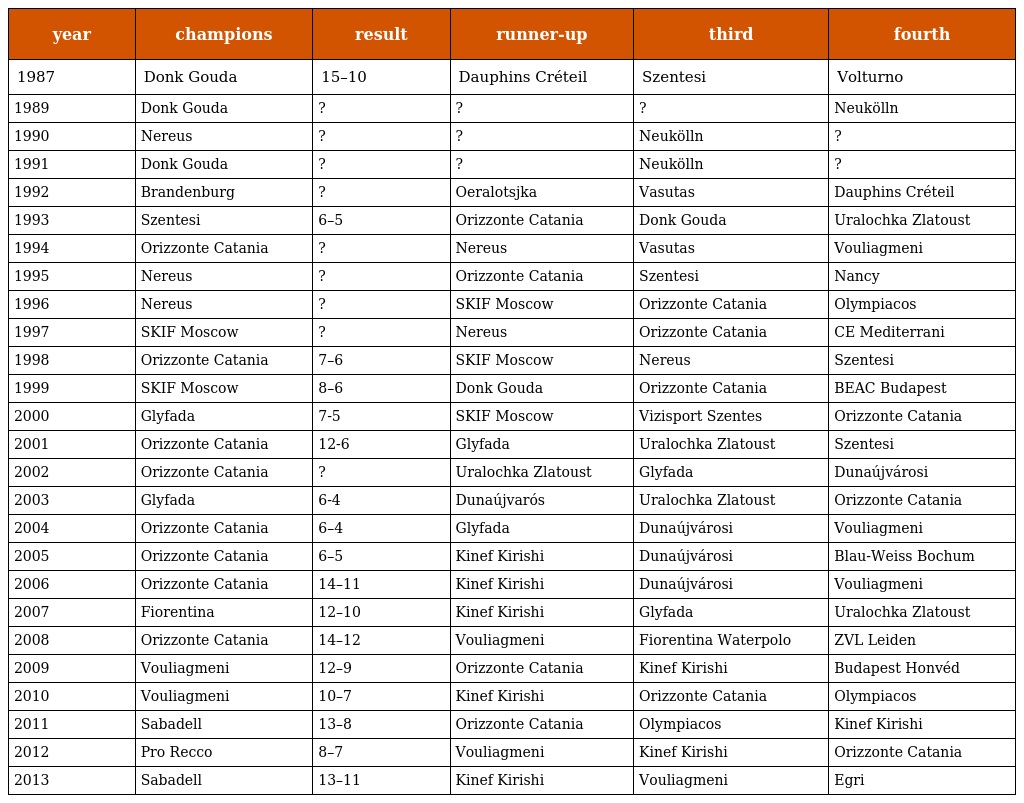
| year | champions | result | runner-up | third | fourth |
 | --- | --- | --- | --- | --- | --- |
 | 1987 | Donk Gouda | 15–10 | Dauphins Créteil | Szentesi | Volturno |
 | 1989 | Donk Gouda | ? | ? | ? | Neukölln |
 | 1990 | Nereus | ? | ? | Neukölln | ? |
 | 1991 | Donk Gouda | ? | ? | Neukölln | ? |
 | 1992 | Brandenburg | ? | Oeralotsjka | Vasutas | Dauphins Créteil |
 | 1993 | Szentesi | 6–5 | Orizzonte Catania | Donk Gouda | Uralochka Zlatoust |
 | 1994 | Orizzonte Catania | ? | Nereus | Vasutas | Vouliagmeni |
 | 1995 | Nereus | ? | Orizzonte Catania | Szentesi | Nancy |
 | 1996 | Nereus | ? | SKIF Moscow | Orizzonte Catania | Olympiacos |
 | 1997 | SKIF Moscow | ? | Nereus | Orizzonte Catania | CE Mediterrani |
 | 1998 | Orizzonte Catania | 7–6 | SKIF Moscow | Nereus | Szentesi |
 | 1999 | SKIF Moscow | 8–6 | Donk Gouda | Orizzonte Catania | BEAC Budapest |
 | 2000 | Glyfada | 7-5 | SKIF Moscow | Vizisport Szentes | Orizzonte Catania |
 | 2001 | Orizzonte Catania | 12-6 | Glyfada | Uralochka Zlatoust | Szentesi |
 | 2002 | Orizzonte Catania | ? | Uralochka Zlatoust | Glyfada | Dunaújvárosi |
 | 2003 | Glyfada | 6-4 | Dunaújvarós | Uralochka Zlatoust | Orizzonte Catania |
 | 2004 | Orizzonte Catania | 6–4 | Glyfada | Dunaújvárosi | Vouliagmeni |
 | 2005 | Orizzonte Catania | 6–5 | Kinef Kirishi | Dunaújvárosi | Blau-Weiss Bochum |
 | 2006 | Orizzonte Catania | 14–11 | Kinef Kirishi | Dunaújvárosi | Vouliagmeni |
 | 2007 | Fiorentina | 12–10 | Kinef Kirishi | Glyfada | Uralochka Zlatoust |
 | 2008 | Orizzonte Catania | 14–12 | Vouliagmeni | Fiorentina Waterpolo | ZVL Leiden |
 | 2009 | Vouliagmeni | 12–9 | Orizzonte Catania | Kinef Kirishi | Budapest Honvéd |
 | 2010 | Vouliagmeni | 10–7 | Kinef Kirishi | Orizzonte Catania | Olympiacos |
 | 2011 | Sabadell | 13–8 | Orizzonte Catania | Olympiacos | Kinef Kirishi |
 | 2012 | Pro Recco | 8–7 | Vouliagmeni | Kinef Kirishi | Orizzonte Catania |
 | 2013 | Sabadell | 13–11 | Kinef Kirishi | Vouliagmeni | Egri |